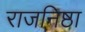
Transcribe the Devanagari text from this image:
राजनिष्ठा